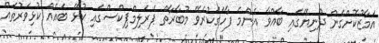
އަމާޒުކޮށްގެން ދުނިޔޭގައި ބާއްވާ އެންމެ ފާހަގަކުރެވޭ މުބާރާތް ޕެރަލިމްޕިކްސްގައި ކުޅޭ ބައެއް ކުޅިވަރުތައް